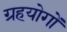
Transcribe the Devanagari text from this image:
ग्रहयोगों